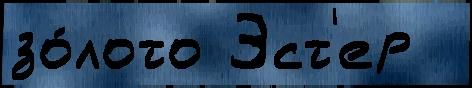
зо́лото Эст'ер